Vaccine operations Central Provinces & Berar 1912-1920 - 1912-1920
Year: 1912
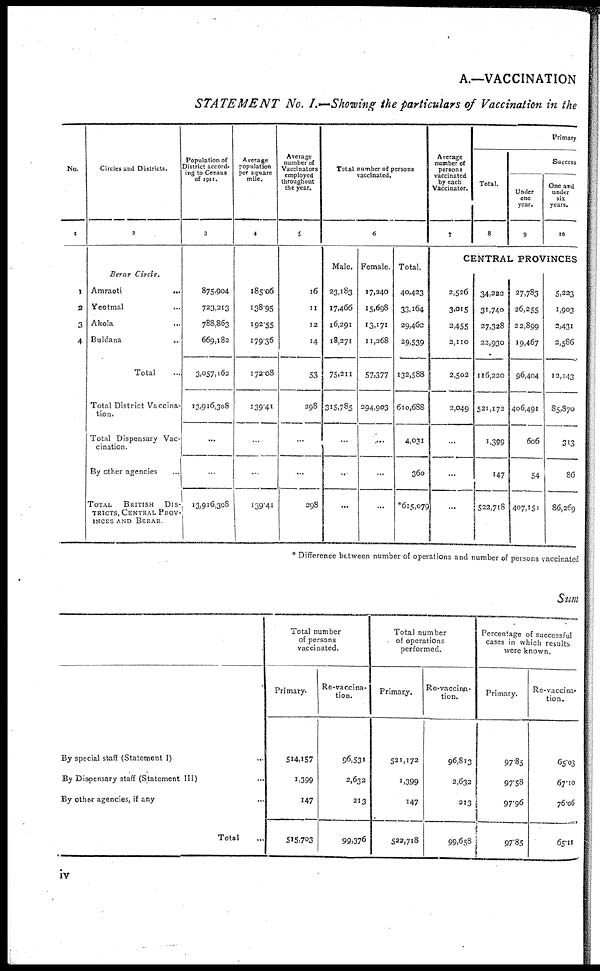
A.—VACCINATION
STATEMENT No. I.—Showing the particulars of Vaccination in the
No.
1
1
2
3
4
Circles and Districts.
2
Berar Circle.
Amraoti
...
Yeotmal ...
Akola ...
Buldana ...
Total ...
Total District Vaccina-
tion.
Total Dispensary Vac-
cination.
By other agencies ...
TOTAL
BRITISH DIS¬
TRICTS, CENTRAL PROV¬
INCES AND BERAR.
Population of
District accord-
ing to Census
of 1911.
3
875,904
723,213
788,863
669,182
3,057,162
13,196,308
...
...
13,916,308
Average
population
per square
mile.
4
185.06
138.95
192.55
179.36
172.08
139.41
...
...
139.41
Average
number of
Vaccinators
employed
throughout
the year.
5
16
11
12
14
53
298
...
...
298
Total number of persons
vaccinated.
6
Male.
23,183
17,466
16,291
18,271
75,211
315,785
...
...
...
Female.
17,240
15,698
13,171
11,268
57,377
294,903
...
...
...
Total.
40,423
33,164
29,462
29,539
132,588
610,688
4,031
360
*615,079
Average
number of
persons
vaccinated
by each
Vaccinator.
7
Primary
Total.
8
Success
Under
one
year.
9
One and
under
six
years.
10
CENTRAL PROVINCES
2,526
3,015
2,455
2,110
2,502
2,049
...
...
...
34,222
31,740
27,328
22,930
116,220
521,172
1,399
147
522,718
27,783
26,255
22,899
19,467
96,404
406,491
606
54
407,151
5,223
1,903
2,431
2,586
12,143
85,870
313
86
86,269
* Difference between number of operations and number of persons vaccinated
Sum
By special staff (Statement I) ...
By Dispensary staff (Statement III) ...
By other agencies, if any ...
Total ...
Total number
of persons
vaccinated.
Primary.
514,157
1,399
147
515,703
Re-vaccina-
tion.
96,531
2,632
213
99,376
Total number
of operations
performed.
Primary.
521,172
1,399
147
522,718
Re-vaccina¬
tion.
96,813
2,632
213
99,658
Percentage of successful
cases in which results
were known.
Primary.
97.85
97.58
97.96
97.85
Re-vaccina-
tion.
65.03
67.10
76.06
65.11
iv